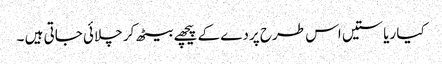
کیا ریاستیں اس طرح پردے کے پیچھے بیٹھ کر چلائی جاتی ہیں ۔